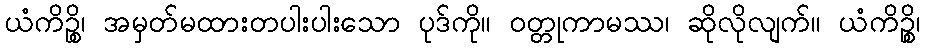
ယံကိဉ္စိ၊ အမှတ်မထားတပါးပါးသော ပုဒ်ကို။ ဝတ္တုကာမဿ၊ ဆိုလိုလျက်။ ယံကိဉ္စိ၊